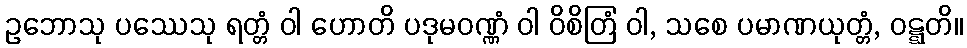
ဥဘောသု ပဿေသု ရတ္တံ ဝါ ဟောတိ ပဒုမဝဏ္ဏံ ဝါ ဝိစိတြံ ဝါ, သစေ ပမာဏယုတ္တံ, ဝဋ္ဋတိ။